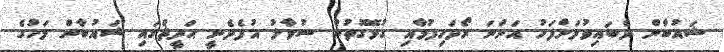
ޝައުބާން ދެބައިވުމަށްފަހު އަންނަ ރޯދަހިފުމާއި ގުޅޭގޮތުން ސުވާލު އުފެދެނީ ޙަދީޘްގައި ޝައުބާން މަހުގެ